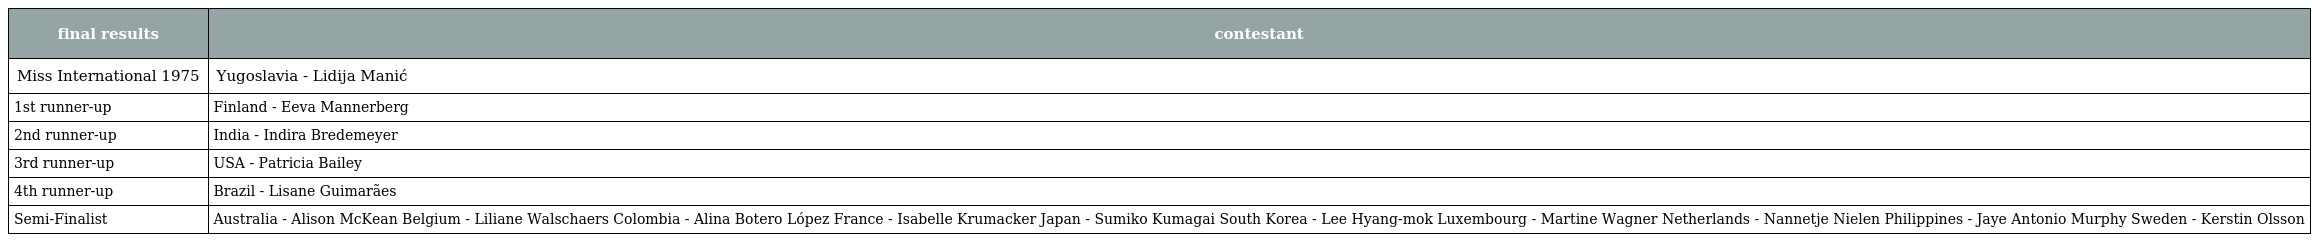
| final results | contestant |
 | --- | --- |
 | Miss International 1975 | Yugoslavia - Lidija Manić |
 | 1st runner-up | Finland - Eeva Mannerberg |
 | 2nd runner-up | India - Indira Bredemeyer |
 | 3rd runner-up | USA - Patricia Bailey |
 | 4th runner-up | Brazil - Lisane Guimarães |
 | Semi-Finalist | Australia - Alison McKean Belgium - Liliane Walschaers Colombia - Alina Botero López France - Isabelle Krumacker Japan - Sumiko Kumagai South Korea - Lee Hyang-mok Luxembourg - Martine Wagner Netherlands - Nannetje Nielen Philippines - Jaye Antonio Murphy Sweden - Kerstin Olsson |